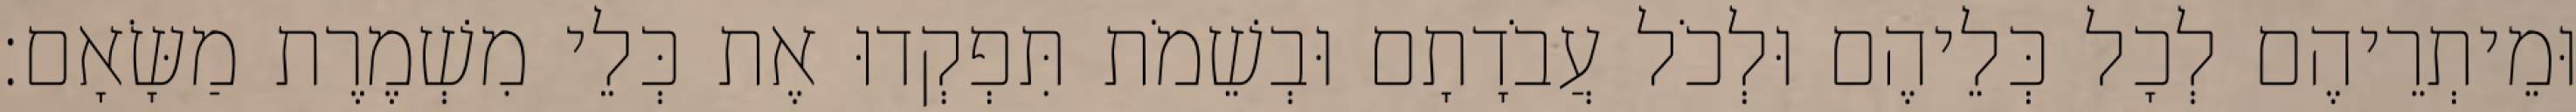
וּמֵיתְרֵיהֶם לְכָל כְּלֵיהֶם וּלְכֹל עֲבֹדָתָם וּבְשֵׁמֹת תִּפְקְדוּ אֶת כְּלֵי מִשְׁמֶרֶת מַשָּׂאָם׃